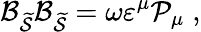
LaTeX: {\cal B}_{\widetilde{{\cal S}}}{\cal B}_{\widetilde{{\cal S}}}=\omega\varepsilon^{\mu}{\cal P}_{\mu}\; ,